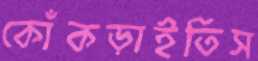
কোঁকড়াইতিস